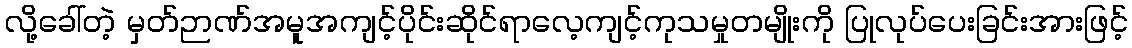
လို့ခေါ်တဲ့ မှတ်ဉာဏ်အမူအကျင့်ပိုင်းဆိုင်ရာလေ့ကျင့်ကုသမှုတမျိုးကို ပြုလုပ်ပေးခြင်းအားဖြင့်